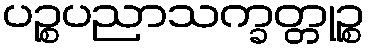
ပဉ္စပညာသက္ခတ္တုဉ္စ